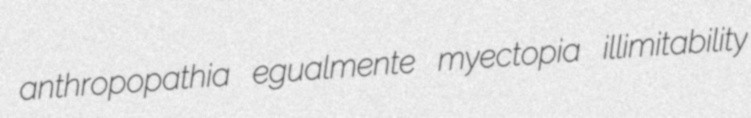
anthropopathia egualmente myectopia illimitability